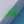
ألآن